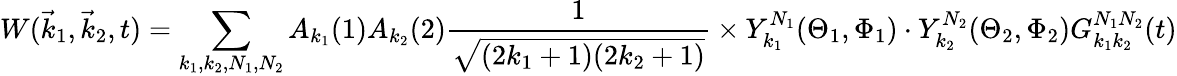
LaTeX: W({\vec{k}}_{1},{\vec{k}}_{2},t)=\sum_{k_{1},k_{2},N_{1},N_{2}}A_{k_{1}}(1)A_{k_{2}}(2){\frac{1}{\sqrt{(2k_{1}+1)(2k_{2}+1)}}}\times Y_{k_{1}}^{N_{1}}(\Theta_{1},\Phi_{1})\cdot Y_{k_{2}}^{N_{2}}(\Theta_{2},\Phi_{2})G_{k_{1}k_{2}}^{N_{1}N_{2}}(t)